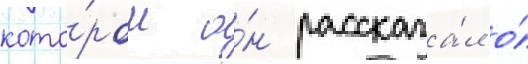
кото́ром о́н рассказа́л о́